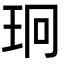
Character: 㺾